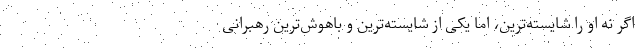
اگر نه او را شایسته‌ترین، اما یکی از شایسته‌ترین و باهوش‌ترین رهبرانی